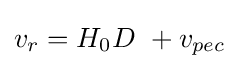
v_{r}=H_{0}D\ +v_{pec}